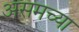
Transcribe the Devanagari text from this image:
असमच्या